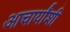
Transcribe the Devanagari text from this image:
आचार्यांशी